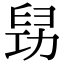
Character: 𠢈